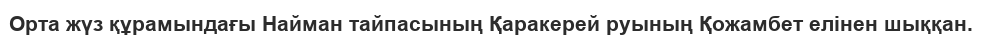
Орта жүз құрамындағы Найман тайпасының Қаракерей руының Қожамбет елінен шыққан.